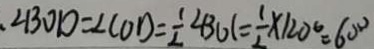
\angle B O D = \angle C O D = \frac { 1 } { 2 } \angle B O C = \frac { 1 } { 2 } \times 1 2 0 ^ { \circ } = 6 0 ^ { \circ }